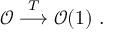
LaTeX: \mathcal { O } \stackrel { T } { \longrightarrow } \mathcal { O } ( 1 ) \ .